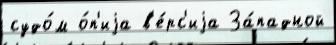
судо́м о́п'иjа в'е́рс'иjа За́падной